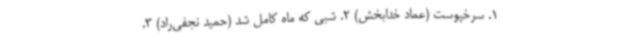
1. سرخپوست (عماد خدابخش) 2. شبی که ماه کامل شد (حمید نجفی‌راد) 3.